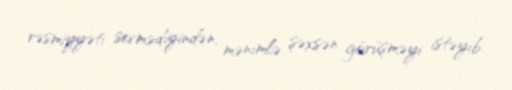
rəsmiyyəti sevmədiyindən, mənimlə şəxsən görüşməyi istəyib.